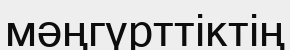
мәңгүрттіктің